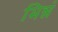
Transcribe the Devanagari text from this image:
भिन्नं